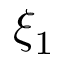
\xi _ { 1 }